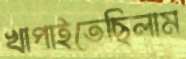
খাপাইতেছিলাম